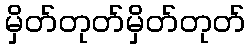
မှိတ်တုတ်မှိတ်တုတ်